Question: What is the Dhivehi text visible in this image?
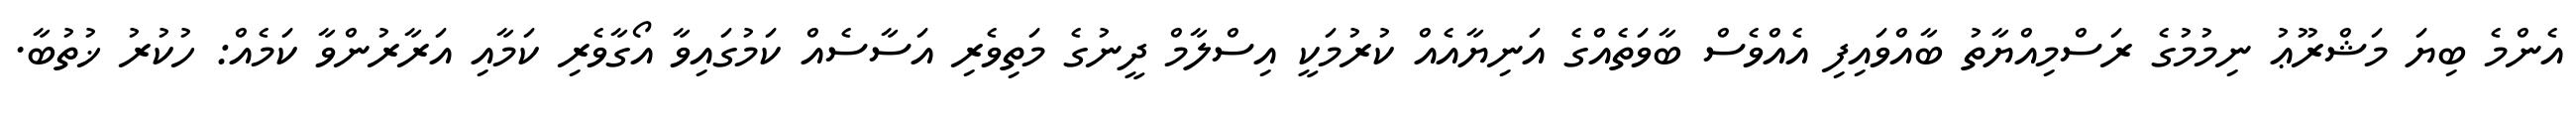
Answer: އެންމެ ބިޔަ މަޝްރޫޢު ނިމުމުގެ ރަސްމިއްޔާތު ބާއްވައިފި އެއްވެސް ބާވަތެއްގެ އަނިޔާއެއް ކުރުމަކީ އިސްލާމް ދީނުގެ މަތިވެރި އަސާސެއް ކަމުގައިވާ އޯގާވެރި ކަމާއި އަރާރުންވާ ކަމެއް: ހުކުރު ޚުތުބާ.